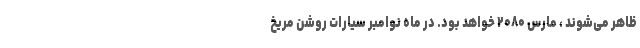
ظاهر می‌شوند ، مارس ۲۰۸۰ خواهد بود. در ماه نوامبر سیارات روشن مریخ